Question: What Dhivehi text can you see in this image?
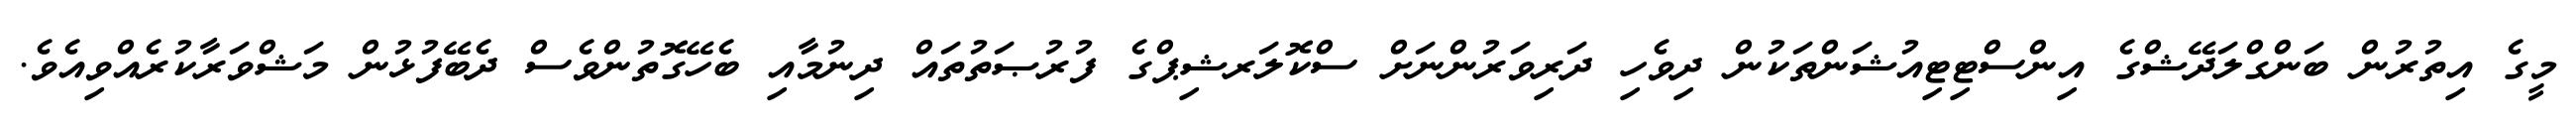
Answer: މީގެ އިތުރުން ބަންގްލަދޭޝްގެ އިންސްޓިޓިއުޝަންތަކުން ދިވެހި ދަރިވަރުންނަށް ސްކޮލަރޝިޕްގެ ފުރުޞަތުތައް ދިނުމާއި ބެހޭގޮތުންވެސް ދެބޭފުޅުން މަޝްވަރާކުރެއްވިއެވެ.